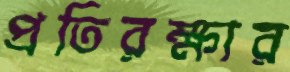
প্রতিরক্ষার